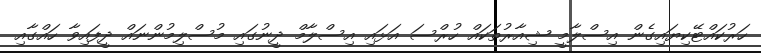
ހަރުކައްޓޭކިޔައިގެން އިސްލާމީ ޝިއާރުތަކައް ހުރްސަ އަޅައި އިސްލާމް ދީނުގައި މުސްލިމުންނައް ދީފައިވާ ހައްގާއި